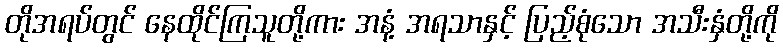
တိုအရပ်တွင် နေထိုင်ကြသူတို့ကား အနံ့ အရသာနှင့် ပြည့်စုံသော အသီးနှံတို့ကို